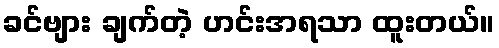
ခင်ဗျား ချက်တဲ့ ဟင်းအရသာ ထူးတယ်။